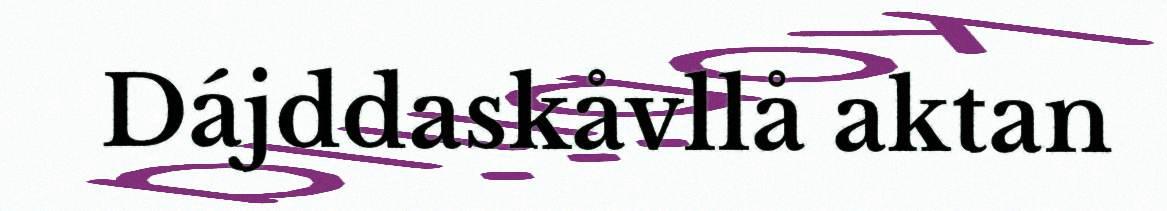
Dájddaskåvllå aktan